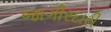
જાગીરદારી